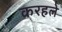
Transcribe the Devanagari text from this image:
करहले